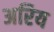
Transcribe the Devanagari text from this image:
अरिय